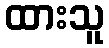
ထားသူ